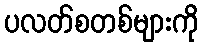
ပလတ်စတစ်များကို